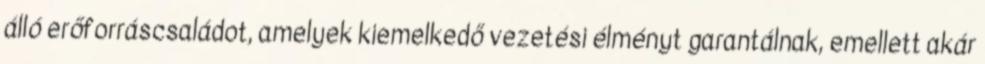
álló erőforráscsaládot, amelyek kiemelkedő vezetési élményt garantálnak, emellett akár